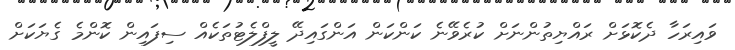
ވައިރަހާ ދެކޮޅަށް ރައްޔިތުންނަށް ކުރެވޭނެ ކަންކަން އަންގައިދޭ ލީފްލެޓުތަކެއް ސިފައިން ކޮންމެ ގެޔަކަށް